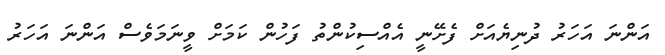
އަންނަ އަހަރު ދުނިޔެއަށް ފެށޭނީ އެއްސިކުންތު ފަހުން ކަމަށް ވީނަމަވެސް އަންނަ އަހަރު